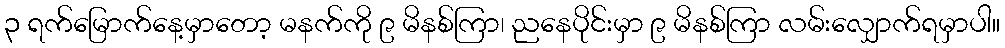
၃ ရက်မြောက်နေ့မှာတော့ မနက်ကို ၉ မိနစ်ကြာ၊ ညနေပိုင်းမှာ ၉ မိနစ်ကြာ လမ်းလျှောက်ရမှာပါ။